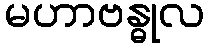
မဟာဗန္ဓုလ